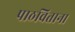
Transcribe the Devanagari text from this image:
पाठविताना